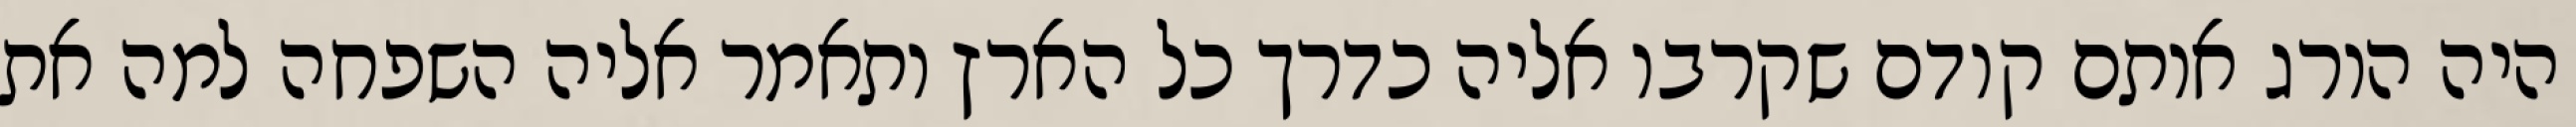
היה הורג אותם קודם שקרבו אליה כדרך כל הארץ ותאמר אליה השפחה למה את